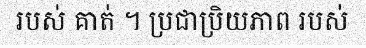
របស់ គាត់ ។ ប្រជាប្រិយភាព របស់